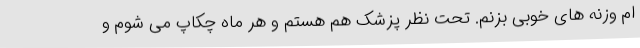
ام وزنه های خوبی بزنم. تحت نظر پزشک هم هستم و هر ماه چکاپ می شوم و